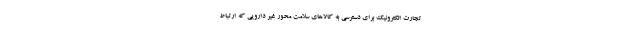
تجارت الکترونیک برای دسترسی به کالاهای سلامت محور غیر دارویی که ارتباط